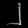
Digit: ၂